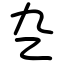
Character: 㐇